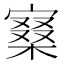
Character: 𡪧